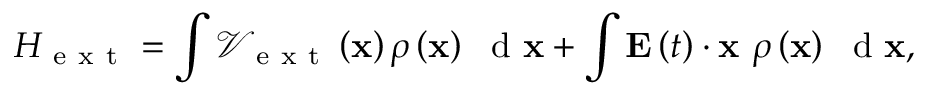
H _ { \mathrm { ~ e ~ x ~ t ~ } } = \int { \mathcal { V } _ { \mathrm { ~ e ~ x ~ t ~ } } \left( { \bf x } \right) \rho \left( { \bf x } \right) \ \mathrm { ~ d ~ } { \bf x } } + \int { { \bf E } \left( t \right) \cdot { \bf x } \ \rho \left( { \bf x } \right) \ \mathrm { ~ d ~ } { \bf x } } ,